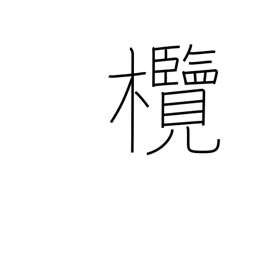
Meaning: Chinese olive tree